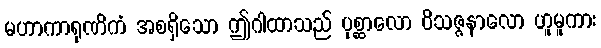
မဟာကာရုဏိကံ အစရှိသော ဤဂါထာသည် ပုစ္ဆာလော ဝိသဇ္ဇနာလော ဟူမူကား